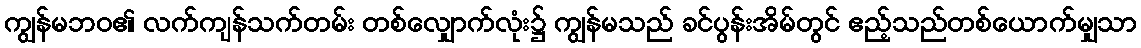
ကျွန်မဘဝ၏ လက်ကျန်သက်တမ်း တစ်လျှောက်လုံး၌ ကျွန်မသည် ခင်ပွန်းအိမ်တွင် ဧည့်သည်တစ်ယောက်မျှသာ